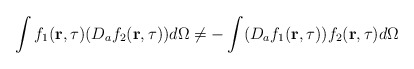
\begin{align*}\int f_1({\bf r},\tau)(D_af_2({\bf r},\tau))d\Omega\neq-\int (D_af_1({\bf r},\tau))f_2({\bf r},\tau)d\Omega\end{align*}